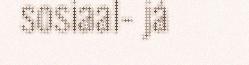
sosiaal- já